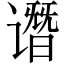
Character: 谮